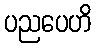
ပညပေဟိ